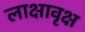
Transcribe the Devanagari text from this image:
लाक्षावृक्ष